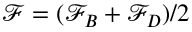
\mathcal { F } = ( \mathcal { F } _ { B } + \mathcal { F } _ { D } ) / 2